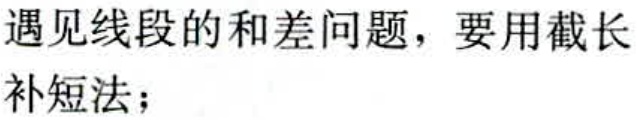
遇见线段的和差问题，要用截长补短法；